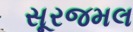
સૂરજમલ